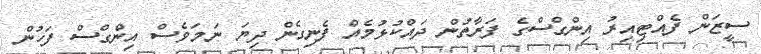
ސީޒަން ފެއްޓިއިރު އިންގްސްގެ ފަރާތުން ދައްކުޅުމެއް ފެނިގެން ދިޔަ ނަމަވެސް އިންގްސް ފަހުން